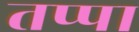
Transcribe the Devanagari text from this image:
तप्पा